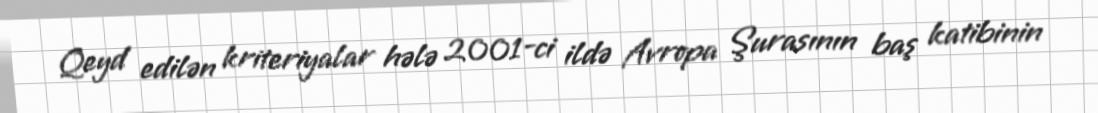
Qeyd edilən kriteriyalar hələ 2001-ci ildə Avropa Şurasının baş katibinin